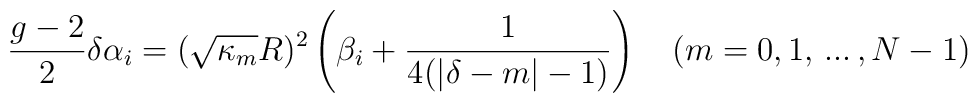
{g-2\over 2}\delta\alpha_i=(\sqrt{\kappa_m}R)^2\left(\beta_i+{1\over4(|\delta-m|-1)}\right)\quad (m=0,1,\,...\,,N-1) \,